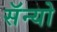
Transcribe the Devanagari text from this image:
सॅन्यो